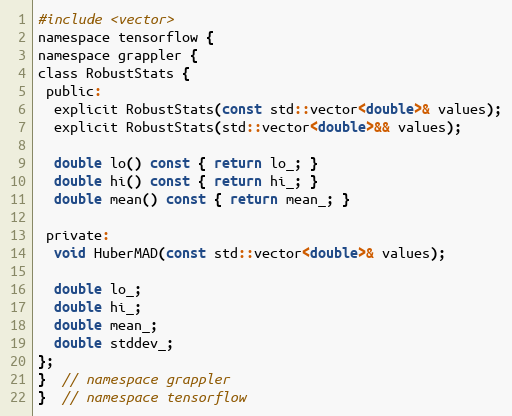
Language: C
#include <vector>
namespace tensorflow {
namespace grappler {
class RobustStats {
 public:
  explicit RobustStats(const std::vector<double>& values);
  explicit RobustStats(std::vector<double>&& values);

  double lo() const { return lo_; }
  double hi() const { return hi_; }
  double mean() const { return mean_; }

 private:
  void HuberMAD(const std::vector<double>& values);

  double lo_;
  double hi_;
  double mean_;
  double stddev_;
};
}  // namespace grappler
}  // namespace tensorflow